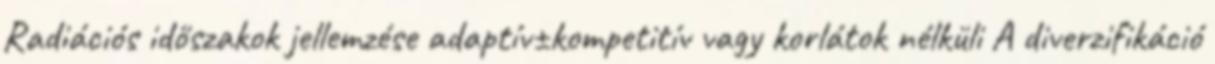
Radiációs időszakok jellemzése adaptív±kompetitív vagy korlátok nélküli A diverzifikáció